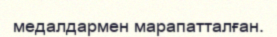
медалдармен марапатталған.